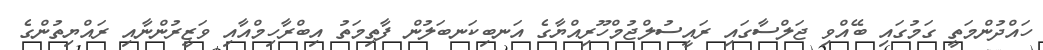
ހައްދުންމަތީ ގަމުގައި ބޭއްވި ޖަލްސާގައި ރައީސުލްޖުމްހޫރިއްޔާގެ އަނބިކަނބަލުން ފާތިމަތު އިބްރާހިމްއާއި ވަޒީރުންނާއި ރައްޔިތުންގެ